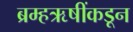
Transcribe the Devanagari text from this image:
ब्रम्हऋषींकडून